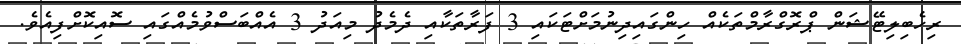
ރިހެބިލިޓޭޝަން ޕްރޮގްރާމްތަކެއް ހިންގައިދިނުމަށްޓަކައި 3 ފަރާތަކާއި ދެމެދު މިއަދު 3 އެއްބަސްވުމެއްގައި ސޮއިކޮށްފިއެވެ.